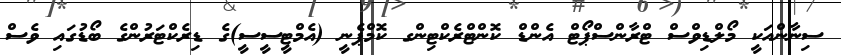
ސިނާންއަކީ މޯލްޑިވްސް ޓްރާންސްޕޯޓް އެންޑް ކޮންޓްރެކްޓިންގ ކޮމްޕެނީ (އެމްޓީސީސީ)ގެ ޑިރެކްޓަރުންގެ ބޯޑުގައި ވެސް